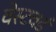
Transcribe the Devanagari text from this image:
वेस्टवर्ड